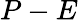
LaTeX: P-E